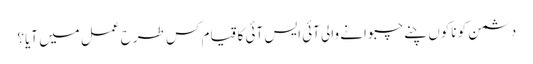
دشمن کو ناکوں چنے چبوانے والی آئی ایس آئی کا قیام کس طرح عمل میں آیا؟